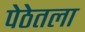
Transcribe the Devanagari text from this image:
पेठेतला